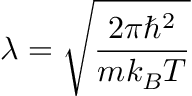
\lambda = \sqrt { \frac { 2 \pi \hbar ^ { 2 } } { m k _ { B } T } }